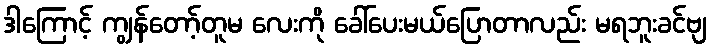
ဒါကြောင့် ကျွန်တော့်တူမ လေးကို ခေါ်ပေးမယ်ပြောတာလည်း မရဘူးခင်ဗျ